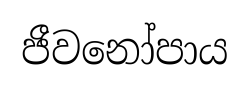
ජීවනෝපාය